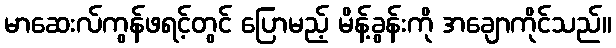
မာဆေးလ်ကွန်ဖရင့်တွင် ပြောမည့် မိန့်ခွန်းကို အချောကိုင်သည်။